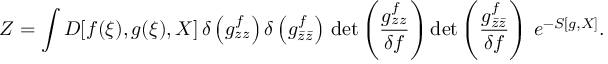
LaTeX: Z = \int { \cal D } [ f ( \xi ) , g ( \xi ) , X ] \, \delta \left( g _ { z z } ^ { f } \right) \delta \left( g _ { \bar { z } \bar { z } } ^ { f } \right) \, \mathrm { d e t } \left( \frac { g _ { z z } ^ { f } } { \delta f } \right) \mathrm { d e t } \left( \frac { g _ { \bar { z } \bar { z } } ^ { f } } { \delta f } \right) \, e ^ { - S [ g , X ] } .